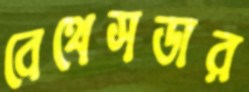
বেথেসডার